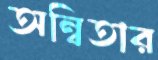
অন্বিতার